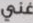
غني